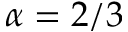
\alpha = 2 / 3